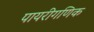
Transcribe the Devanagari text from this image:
पायरीगणिक